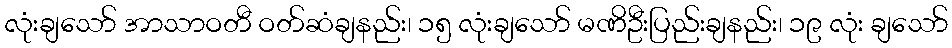
လုံးချသော် အာသာဝတီ ဝတ်ဆံချနည်း၊ ၁၅ လုံးချသော် မဏိဦးပြည်းချနည်း၊ ၁၉ လုံး ချသော်